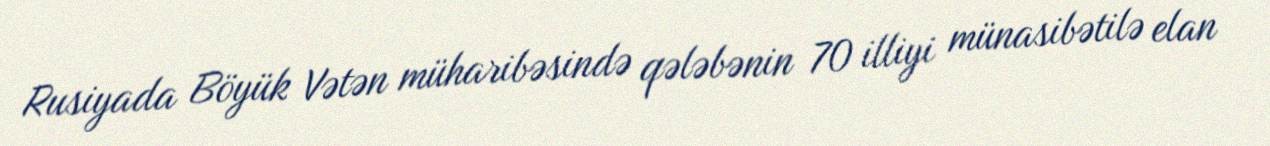
Rusiyada Böyük Vətən müharibəsində qələbənin 70 illiyi münasibətilə elan